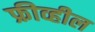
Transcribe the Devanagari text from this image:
फ्रीव्हील